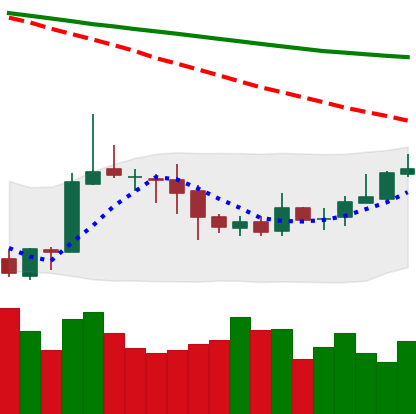
Ticker: ETC-USD
Chart end date: 2020-10-12
Forward return: -4.988%
Label: down_3_5